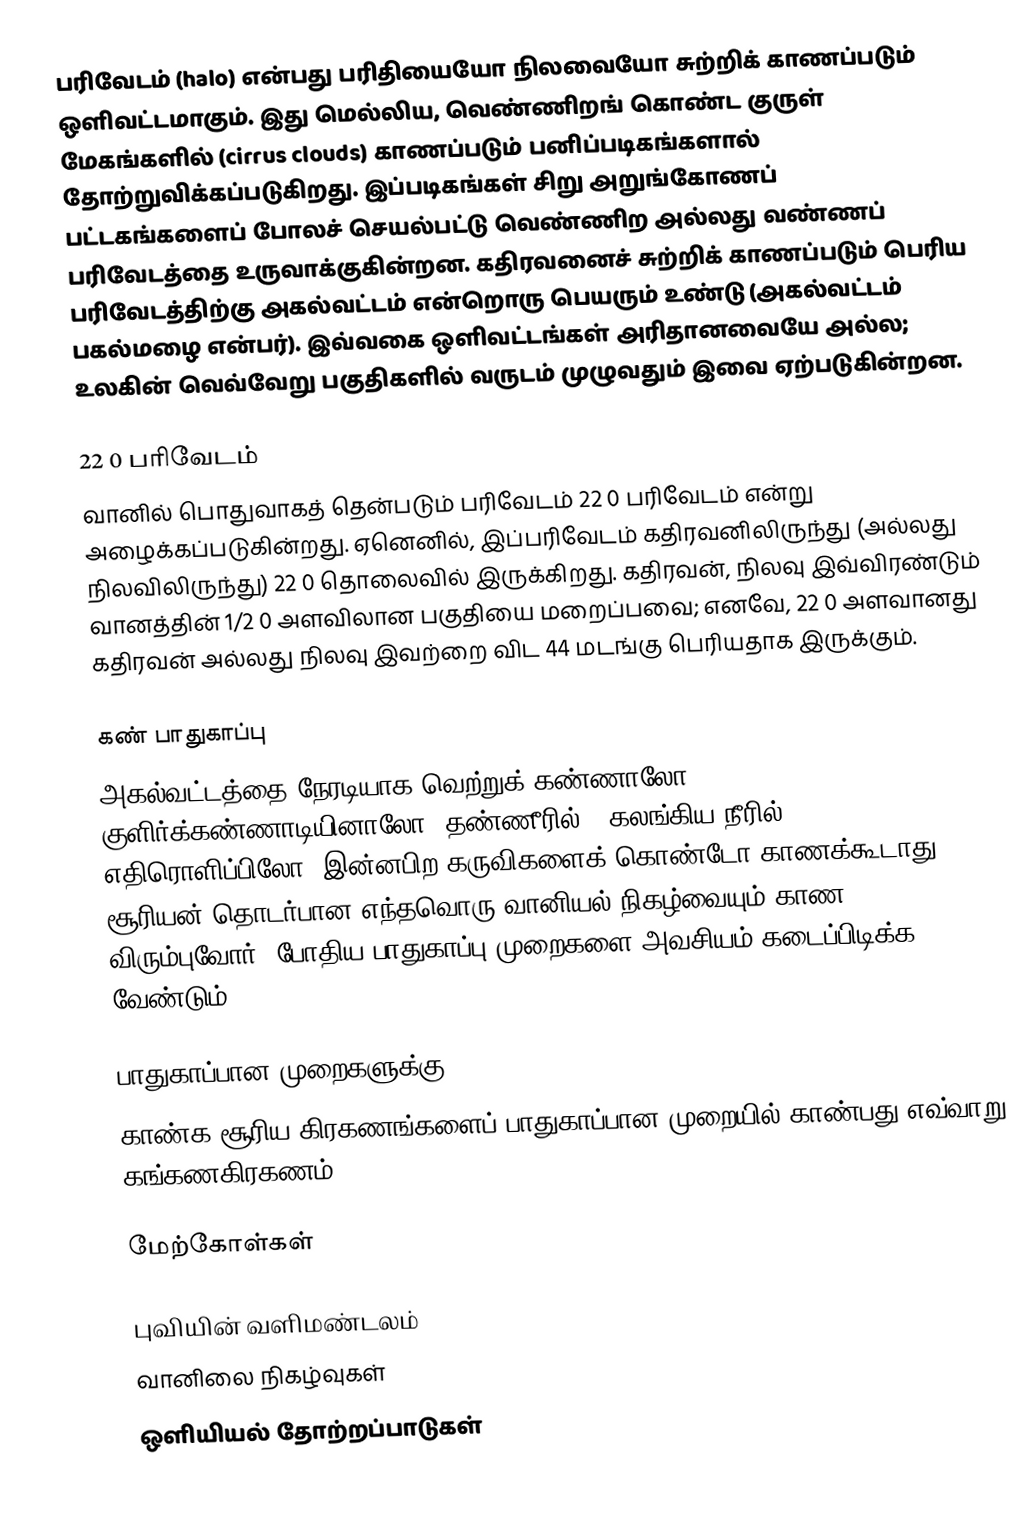
பரிவேடம் (halo) என்பது பரிதியையோ நிலவையோ சுற்றிக் காணப்படும் ஒளிவட்டமாகும். இது மெல்லிய, வெண்ணிறங் கொண்ட குருள் மேகங்களில் (cirrus clouds) காணப்படும் பனிப்படிகங்களால் தோற்றுவிக்கப்படுகிறது. இப்படிகங்கள் சிறு அறுங்கோணப் பட்டகங்களைப் போலச் செயல்பட்டு வெண்ணிற அல்லது வண்ணப் பரிவேடத்தை உருவாக்குகின்றன. கதிரவனைச் சுற்றிக் காணப்படும் பெரிய பரிவேடத்திற்கு அகல்வட்டம் என்றொரு பெயரும் உண்டு (அகல்வட்டம் பகல்மழை என்பர்). இவ்வகை ஒளிவட்டங்கள் அரிதானவையே அல்ல; உலகின் வெவ்வேறு பகுதிகளில் வருடம் முழுவதும் இவை ஏற்படுகின்றன.

22 0 பரிவேடம்
வானில் பொதுவாகத் தென்படும் பரிவேடம் 22 0 பரிவேடம் என்று அழைக்கப்படுகின்றது. ஏனெனில், இப்பரிவேடம் கதிரவனிலிருந்து (அல்லது நிலவிலிருந்து) 22 0 தொலைவில் இருக்கிறது.  கதிரவன், நிலவு இவ்விரண்டும் வானத்தின் 1/2 0 அளவிலான பகுதியை மறைப்பவை; எனவே, 22 0 அளவானது கதிரவன் அல்லது நிலவு இவற்றை விட 44 மடங்கு பெரியதாக இருக்கும்.

கண் பாதுகாப்பு
அகல்வட்டத்தை நேரடியாக வெற்றுக் கண்ணாலோ, குளிர்க்கண்ணாடியினாலோ, தண்ணீரில் / கலங்கிய நீரில் எதிரொளிப்பிலோ, இன்னபிற கருவிகளைக் கொண்டோ காணக்கூடாது; சூரியன்-தொடர்பான எந்தவொரு வானியல் நிகழ்வையும் காண விரும்புவோர், போதிய பாதுகாப்பு முறைகளை அவசியம் கடைப்பிடிக்க  வேண்டும்.

பாதுகாப்பான முறைகளுக்கு
காண்க.சூரிய கிரகணங்களைப் பாதுகாப்பான முறையில் காண்பது எவ்வாறு? கங்கணகிரகணம்

மேற்கோள்கள்

புவியின் வளிமண்டலம்
வானிலை நிகழ்வுகள்
ஒளியியல் தோற்றப்பாடுகள்